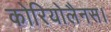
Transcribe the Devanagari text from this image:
कोरियोलैनस।